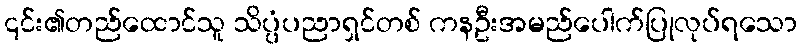
၎င်း၏တည်ထောင်သူ သိပ္ပံပညာရှင်တစ် ကနဦးအမည်ပေါက်ပြုလုပ်ရသော